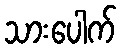
သားပေါက်